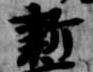
新